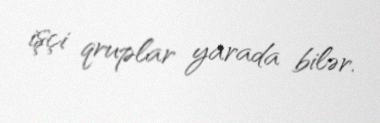
işçi qruplar yarada bilər.